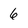
Character: 6